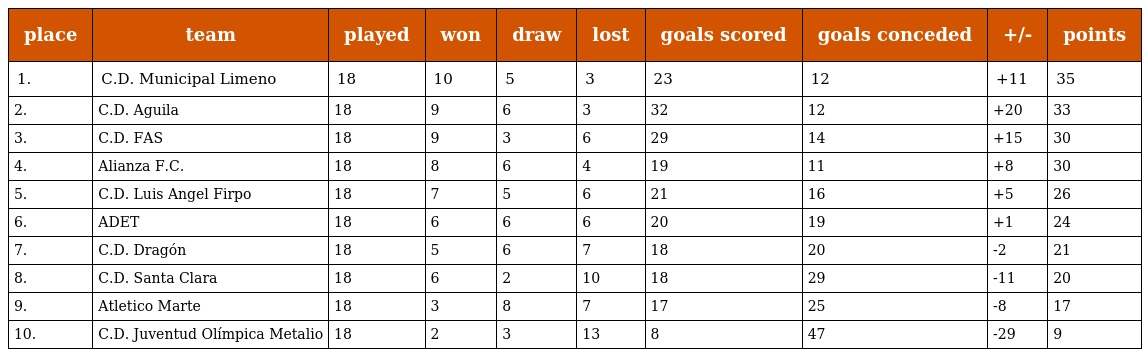
| place | team | played | won | draw | lost | goals scored | goals conceded | +/- | points |
 | --- | --- | --- | --- | --- | --- | --- | --- | --- | --- |
 | 1. | C.D. Municipal Limeno | 18 | 10 | 5 | 3 | 23 | 12 | +11 | 35 |
 | 2. | C.D. Aguila | 18 | 9 | 6 | 3 | 32 | 12 | +20 | 33 |
 | 3. | C.D. FAS | 18 | 9 | 3 | 6 | 29 | 14 | +15 | 30 |
 | 4. | Alianza F.C. | 18 | 8 | 6 | 4 | 19 | 11 | +8 | 30 |
 | 5. | C.D. Luis Angel Firpo | 18 | 7 | 5 | 6 | 21 | 16 | +5 | 26 |
 | 6. | ADET | 18 | 6 | 6 | 6 | 20 | 19 | +1 | 24 |
 | 7. | C.D. Dragón | 18 | 5 | 6 | 7 | 18 | 20 | -2 | 21 |
 | 8. | C.D. Santa Clara | 18 | 6 | 2 | 10 | 18 | 29 | -11 | 20 |
 | 9. | Atletico Marte | 18 | 3 | 8 | 7 | 17 | 25 | -8 | 17 |
 | 10. | C.D. Juventud Olímpica Metalio | 18 | 2 | 3 | 13 | 8 | 47 | -29 | 9 |